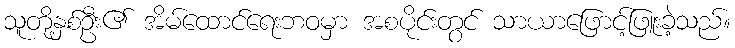
သူတို့နှစ်ဦး၏ အိမ်ထောင်ရေးဘဝမှာ အစပိုင်းတွင် သာယာဖြောင့်ဖြူးခဲ့သည်။